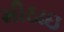
મીઠાઇ